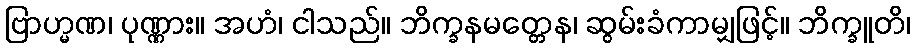
ဗြာဟ္မဏ၊ ပုဏ္ဏား။ အဟံ၊ ငါသည်။ ဘိက္ခနမတ္တေန၊ ဆွမ်းခံကာမျှဖြင့်။ ဘိက္ခူတိ၊